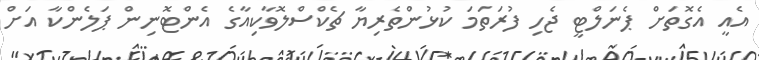
އެއީ އެގޮތަށް ޕެނަލްޓީ ޖެހި ފުރަތަމަ ކުޅުންތެރިޔާ ޗެކްސްލޮވާކިއާގެ އެންޓޮނިން ޕަލެންކާ އަށް